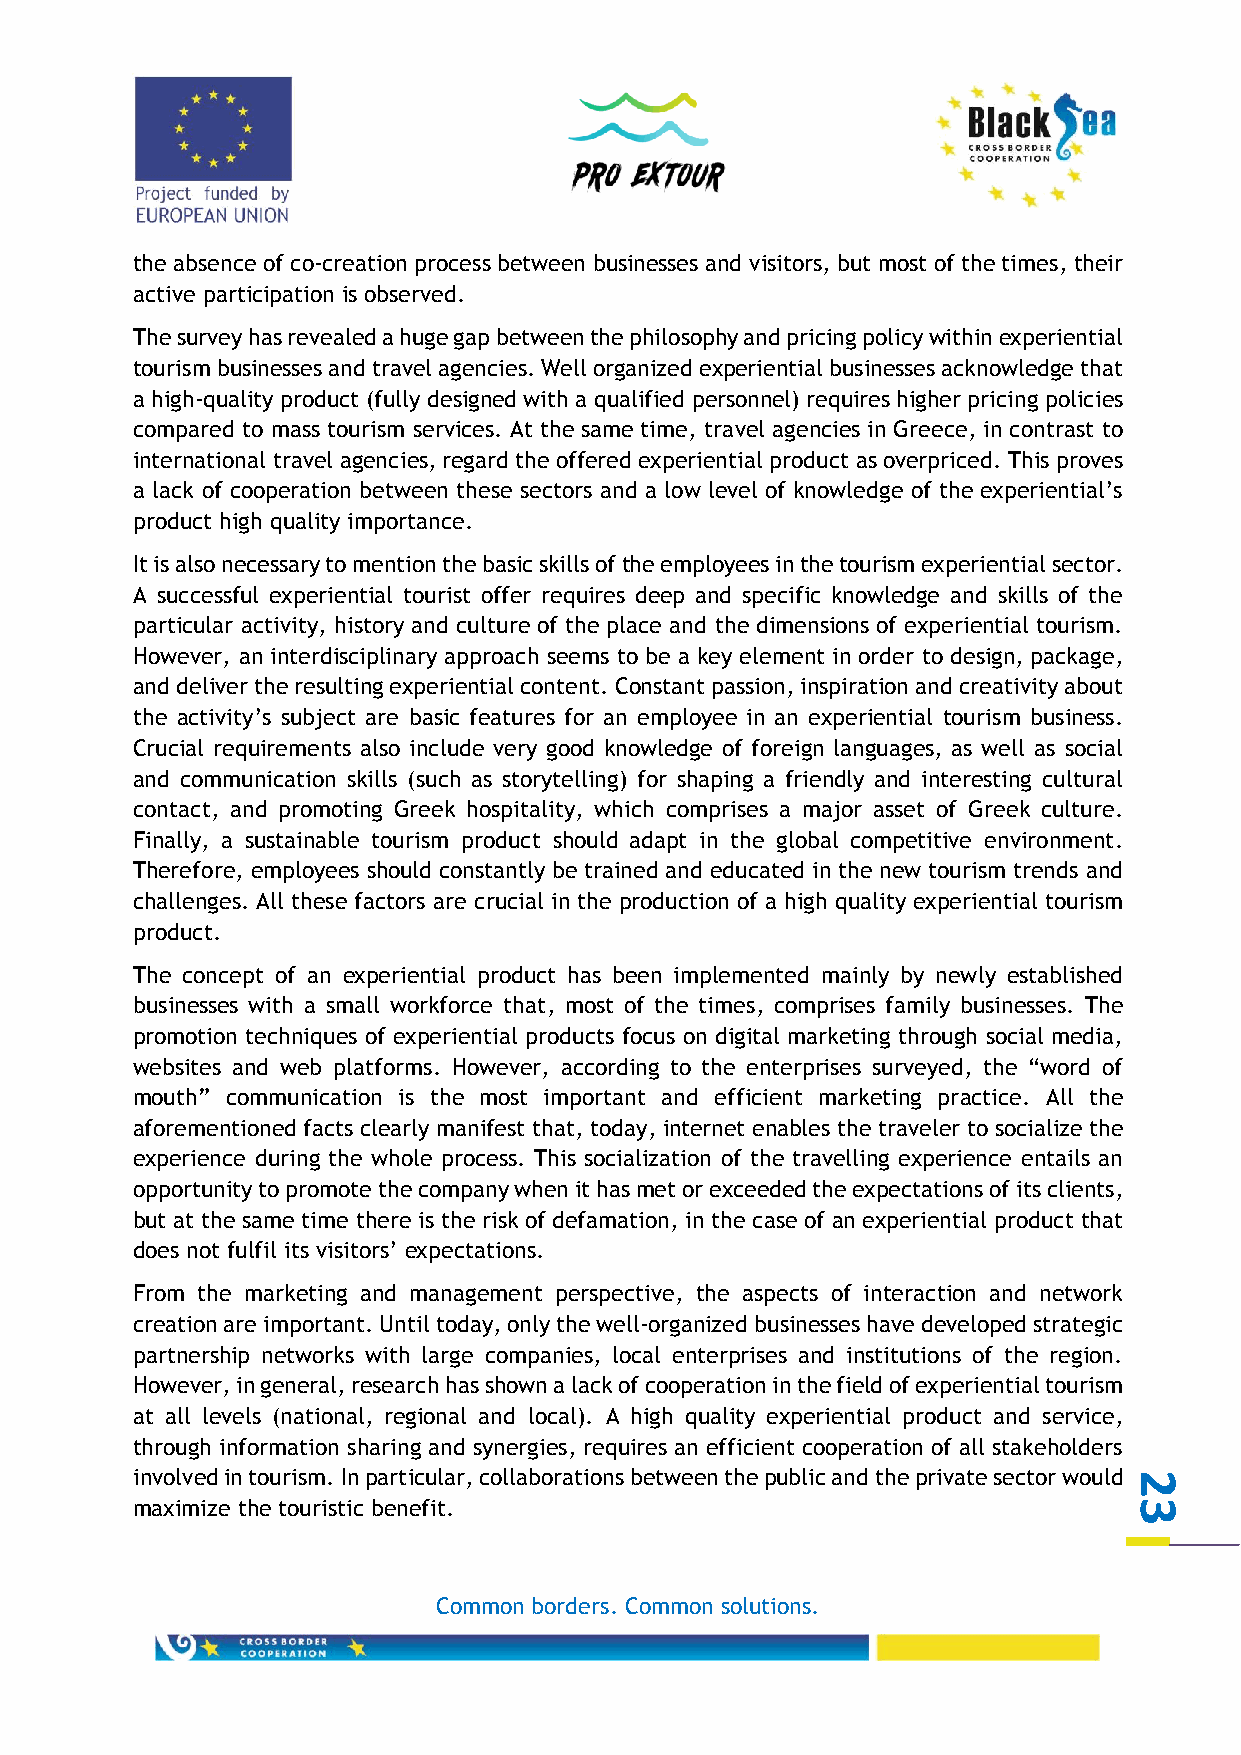
the absence of co-creation process between businesses and visitors, but most of the times, their
 active participation is observed.
 The survey has revealed a huge gap between the philosophy and pricing policy within experiential
 tourism businesses and travel agencies. Well organized experiential businesses acknowledge that
 a high-quality product (fully designed with a qualified personnel) requires higher pricing policies
 compared to mass tourism services. At the same time, travel agencies in Greece, in contrast to
 international travel agencies, regard the offered experiential product as overpriced. This proves
 a lack of cooperation between these sectors and a low level of knowledge of the experiential’s
 product high quality importance.
 It is also necessary to mention the basic skills of the employees in the tourism experiential sector.
 A successful experiential tourist offer requires deep and specific knowledge and skills of the
 particular activity, history and culture of the place and the dimensions of experiential tourism.
 However, an interdisciplinary approach seems to be a key element in order to design, package,
 and deliver the resulting experiential content. Constant passion, inspiration and creativity about
 the activity’s subject are basic features for an employee in an experiential tourism business.
 Crucial requirements also include very good knowledge of foreign languages, as well as social
 and communication skills (such as storytelling) for shaping a friendly and interesting cultural
 contact, and promoting Greek hospitality, which comprises a major asset of Greek culture.
 Finally, a sustainable tourism product should adapt in the global competitive environment.
 Therefore, employees should constantly be trained and educated in the new tourism trends and
 challenges. All these factors are crucial in the production of a high quality experiential tourism
 product.
 The concept of an experiential product has been implemented mainly by newly established
 businesses with a small workforce that, most of the times, comprises family businesses. The
 promotion techniques of experiential products focus on digital marketing through social media,
 websites and web platforms. However, according to the enterprises surveyed, the “word of
 mouth” communication is the most important and efficient marketing practice. All the
 aforementioned facts clearly manifest that, today, internet enables the traveler to socialize the
 experience during the whole process. This socialization of the travelling experience entails an
 opportunity to promote the company when it has met or exceeded the expectations of its clients,
 but at the same time there is the risk of defamation, in the case of an experiential product that
 does not fulfil its visitors’ expectations.
 From the marketing and management perspective, the aspects of interaction and network
 creation are important. Until today, only the well-organized businesses have developed strategic
 partnership networks with large companies, local enterprises and institutions of the region.
 However, in general, research has shown a lack of cooperation in the field of experiential tourism
 at all levels (national, regional and local). Α high quality experiential product and service,
 through information sharing and synergies, requires an efficient cooperation of all stakeholders
 involved in tourism. In particular, collaborations between the public and the private sector would 2
 maximize the touristic benefit.                                   3
 Common borders. Common solutions.